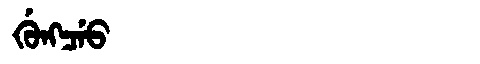
Manchu: ᡤᡠᠩᠴᡝᠣ
Romanization: GUNGCEO